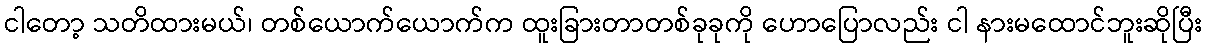
ငါတော့ သတိထားမယ်၊ တစ်ယောက်ယောက်က ထူးခြားတာတစ်ခုခုကို ဟောပြောလည်း ငါ နားမထောင်ဘူးဆိုပြီး